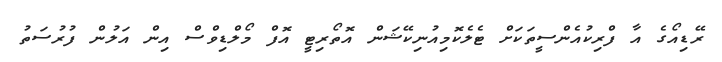
ރޭޑިއޯގެ އާ ފްރިކުއެންސީތަކަށް ޓެލެކޮމިއުނިކޭޝަން އޮތޯރިޓީ އޮފް މޯލްޑިވްސް އިން އަލުން ފުރުސަތު